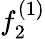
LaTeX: f_{2}^{(1)}